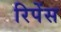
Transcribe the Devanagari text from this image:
रिपेंस